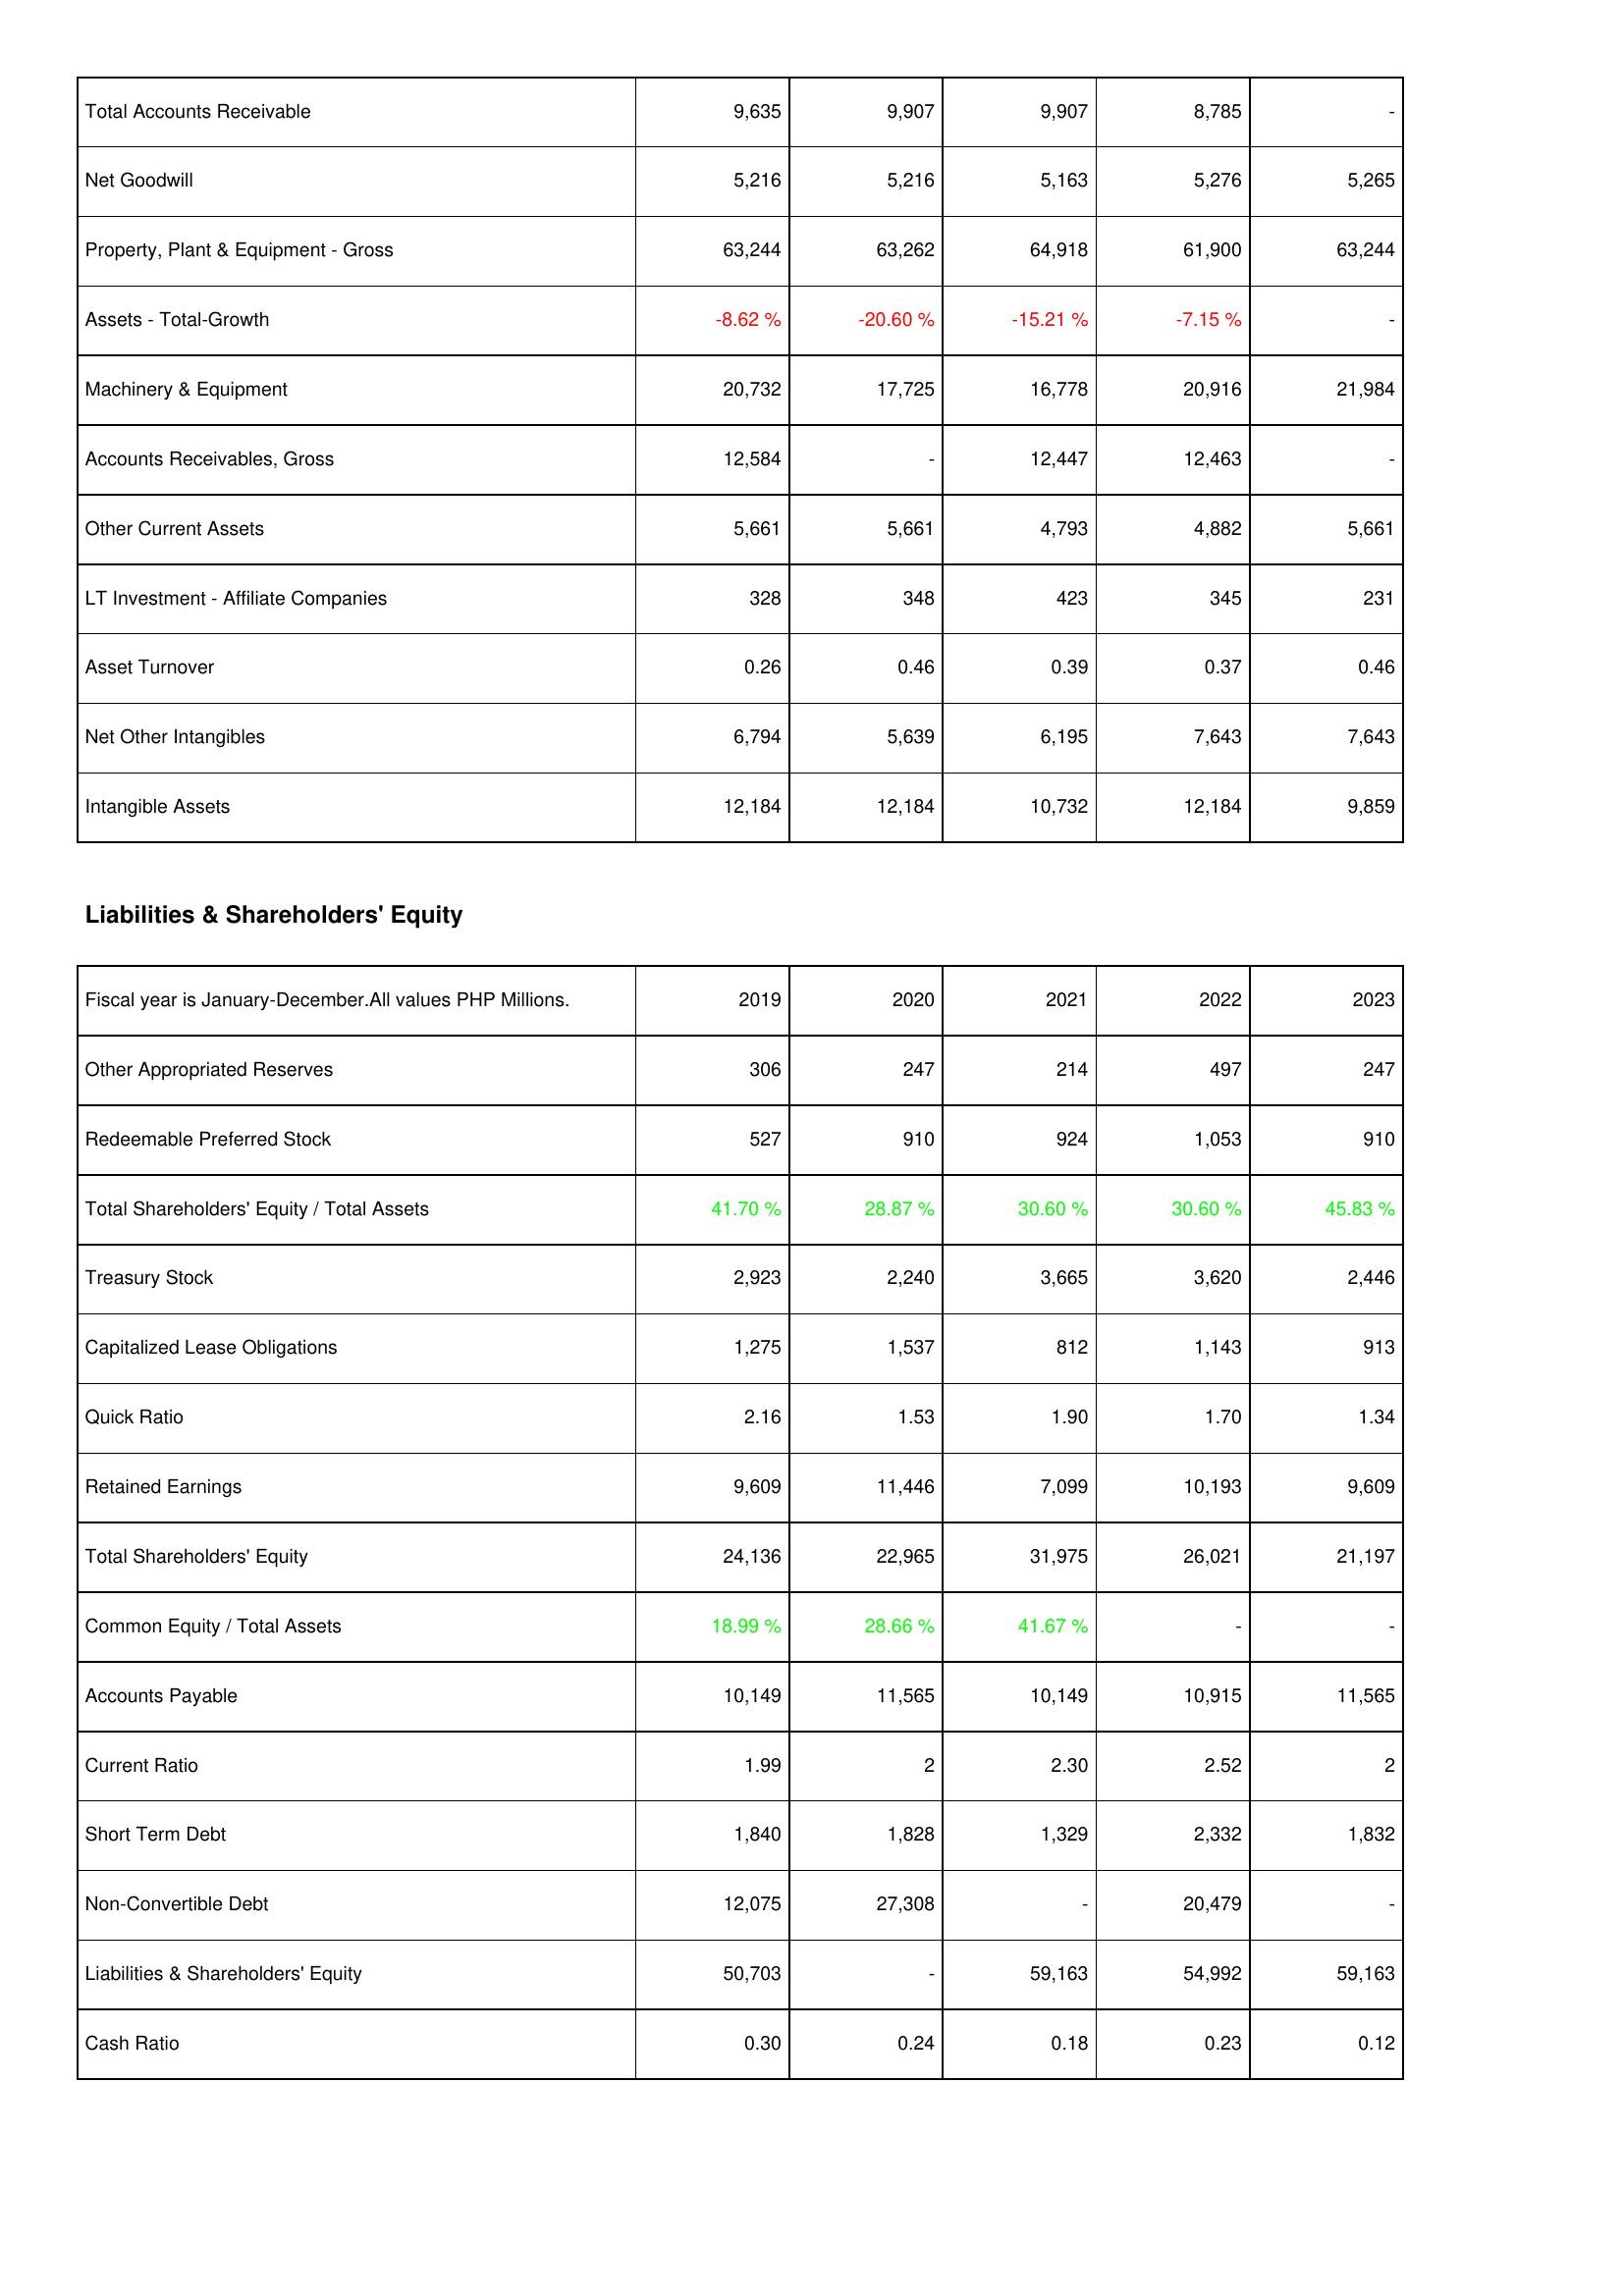
2019: Assets: Total Accounts Receivable: 9,635
Net Goodwill: 5,216
Property, Plant & Equipment - Gross: 63,244
Assets - Total-Growth: -8.62 %
Machinery & Equipment: 20,732
Accounts Receivables, Gross: 12,584
Other Current Assets: 5,661
LT Investment - Affiliate Companies: 328
Asset Turnover: 0.26
Net Other Intangibles: 6,794
Intangible Assets: 12,184
Liabilities & Shareholders' Equity: Other Appropriated Reserves: 306
Redeemable Preferred Stock: 527
Total Shareholders' Equity / Total Assets: 41.70 %
Treasury Stock: 2,923
Capitalized Lease Obligations: 1,275
Quick Ratio: 2.16
Retained Earnings: 9,609
Total Shareholders' Equity: 24,136
Common Equity / Total Assets: 18.99 %
Accounts Payable: 10,149
Current Ratio: 1.99
Short Term Debt: 1,840
Non-Convertible Debt: 12,075
Liabilities & Shareholders' Equity: 50,703
Cash Ratio: 0.30
2020: Assets: Total Accounts Receivable: 9,907
Net Goodwill: 5,216
Property, Plant & Equipment - Gross: 63,262
Assets - Total-Growth: -20.60 %
Machinery & Equipment: 17,725
Accounts Receivables, Gross: -
Other Current Assets: 5,661
LT Investment - Affiliate Companies: 348
Asset Turnover: 0.46
Net Other Intangibles: 5,639
Intangible Assets: 12,184
Liabilities & Shareholders' Equity: Other Appropriated Reserves: 247
Redeemable Preferred Stock: 910
Total Shareholders' Equity / Total Assets: 28.87 %
Treasury Stock: 2,240
Capitalized Lease Obligations: 1,537
Quick Ratio: 1.53
Retained Earnings: 11,446
Total Shareholders' Equity: 22,965
Common Equity / Total Assets: 28.66 %
Accounts Payable: 11,565
Current Ratio: 2
Short Term Debt: 1,828
Non-Convertible Debt: 27,308
Liabilities & Shareholders' Equity: -
Cash Ratio: 0.24
2021: Assets: Total Accounts Receivable: 9,907
Net Goodwill: 5,163
Property, Plant & Equipment - Gross: 64,918
Assets - Total-Growth: -15.21 %
Machinery & Equipment: 16,778
Accounts Receivables, Gross: 12,447
Other Current Assets: 4,793
LT Investment - Affiliate Companies: 423
Asset Turnover: 0.39
Net Other Intangibles: 6,195
Intangible Assets: 10,732
Liabilities & Shareholders' Equity: Other Appropriated Reserves: 214
Redeemable Preferred Stock: 924
Total Shareholders' Equity / Total Assets: 30.60 %
Treasury Stock: 3,665
Capitalized Lease Obligations: 812
Quick Ratio: 1.90
Retained Earnings: 7,099
Total Shareholders' Equity: 31,975
Common Equity / Total Assets: 41.67 %
Accounts Payable: 10,149
Current Ratio: 2.30
Short Term Debt: 1,329
Non-Convertible Debt: -
Liabilities & Shareholders' Equity: 59,163
Cash Ratio: 0.18
2022: Assets: Total Accounts Receivable: 8,785
Net Goodwill: 5,276
Property, Plant & Equipment - Gross: 61,900
Assets - Total-Growth: -7.15 %
Machinery & Equipment: 20,916
Accounts Receivables, Gross: 12,463
Other Current Assets: 4,882
LT Investment - Affiliate Companies: 345
Asset Turnover: 0.37
Net Other Intangibles: 7,643
Intangible Assets: 12,184
Liabilities & Shareholders' Equity: Other Appropriated Reserves: 497
Redeemable Preferred Stock: 1,053
Total Shareholders' Equity / Total Assets: 30.60 %
Treasury Stock: 3,620
Capitalized Lease Obligations: 1,143
Quick Ratio: 1.70
Retained Earnings: 10,193
Total Shareholders' Equity: 26,021
Common Equity / Total Assets: -
Accounts Payable: 10,915
Current Ratio: 2.52
Short Term Debt: 2,332
Non-Convertible Debt: 20,479
Liabilities & Shareholders' Equity: 54,992
Cash Ratio: 0.23
2023: Assets: Total Accounts Receivable: -
Net Goodwill: 5,265
Property, Plant & Equipment - Gross: 63,244
Assets - Total-Growth: -
Machinery & Equipment: 21,984
Accounts Receivables, Gross: -
Other Current Assets: 5,661
LT Investment - Affiliate Companies: 231
Asset Turnover: 0.46
Net Other Intangibles: 7,643
Intangible Assets: 9,859
Liabilities & Shareholders' Equity: Other Appropriated Reserves: 247
Redeemable Preferred Stock: 910
Total Shareholders' Equity / Total Assets: 45.83 %
Treasury Stock: 2,446
Capitalized Lease Obligations: 913
Quick Ratio: 1.34
Retained Earnings: 9,609
Total Shareholders' Equity: 21,197
Common Equity / Total Assets: -
Accounts Payable: 11,565
Current Ratio: 2
Short Term Debt: 1,832
Non-Convertible Debt: -
Liabilities & Shareholders' Equity: 59,163
Cash Ratio: 0.12